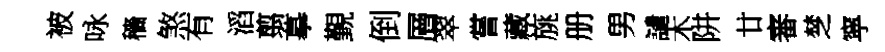
被咏穡煞有滔翦摹覲倒層翠嘗藏旐册男譴木阱廿審椘寜